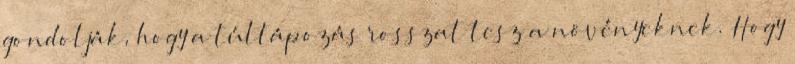
gondolják, hogy a túltápozás rosszat tesz a növényeknek. Hogy